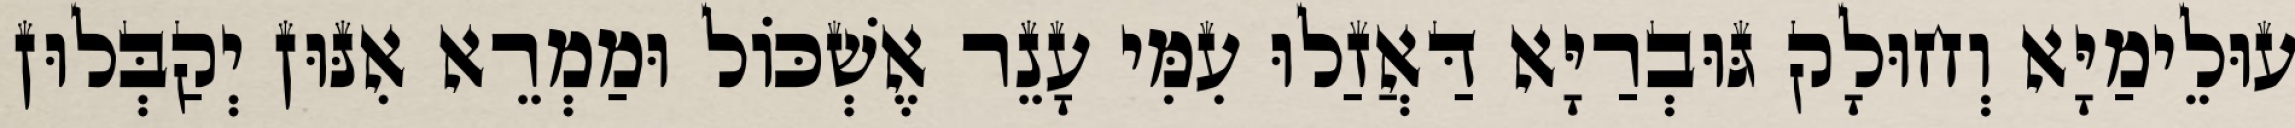
עוּלֵימַיָּא וְחוּלָק גּוּבְרַיָּא דַּאֲזַלוּ עִמִּי עָנֵר אֶשְׁכּוֹל וּמַמְרֵא אִנּוּן יְקַבְּלוּן